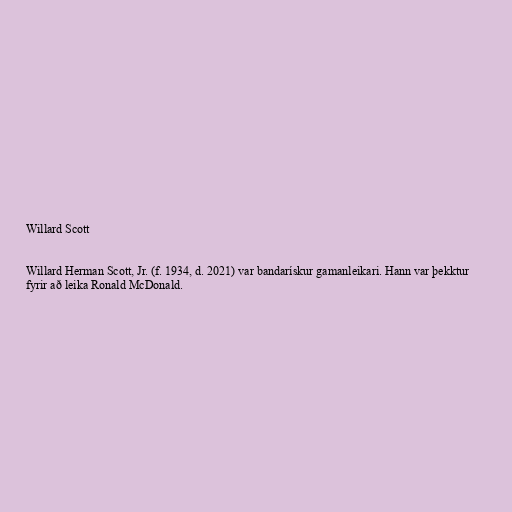
Willard Scott

Willard Herman Scott, Jr. (f. 1934, d. 2021) var bandarískur gamanleikari. Hann var þekktur
fyrir að leika Ronald McDonald.